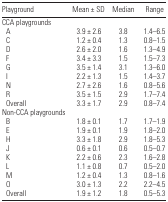
<table><thead><tr><td><b>Playground</b></td><td><b>Mean ± SD</b></td><td><b>Median</b></td><td><b>Range</b></td></tr></thead><tbody><tr><td colspan="4">CCA playgrounds</td></tr><tr><td> A</td><td>3.9 ± 2.6</td><td>3.8</td><td>1.4–6.5</td></tr><tr><td> C</td><td>1.2 ± 0.4</td><td>1.3</td><td>0.8–1.5</td></tr><tr><td> D</td><td>2.6 ± 2.0</td><td>1.6</td><td>1.3–4.9</td></tr><tr><td> F</td><td>3.4 ± 3.3</td><td>1.5</td><td>1.5–7.3</td></tr><tr><td> G</td><td>3.5 ± 1.4</td><td>3.1</td><td>1.3–6.0</td></tr><tr><td> I</td><td>2.2 ± 1.3</td><td>1.5</td><td>1.4–3.7</td></tr><tr><td> N</td><td>2.7 ± 2.6</td><td>1.6</td><td>0.8–5.6</td></tr><tr><td> R</td><td>3.5 ± 1.5</td><td>2.9</td><td>1.7–7.4</td></tr><tr><td> Overall</td><td>3.3 ± 1.7</td><td>2.9</td><td>0.8–7.4</td></tr><tr><td colspan="4">Non-CCA playgrounds</td></tr><tr><td> B</td><td>1.8 ± 0.1</td><td>1.7</td><td>1.7–1.9</td></tr><tr><td> E</td><td>1.9 ± 0.1</td><td>1.9</td><td>1.8–2.0</td></tr><tr><td> H</td><td>3.3 ± 1.8</td><td>2.9</td><td>1.8–5.3</td></tr><tr><td> J</td><td>0.6 ± 0.1</td><td>0.6</td><td>0.5–0.7</td></tr><tr><td> K</td><td>2.2 ± 0.6</td><td>2.3</td><td>1.6–2.8</td></tr><tr><td> L</td><td>1.1 ± 0.8</td><td>0.7</td><td>0.5–2.0</td></tr><tr><td> M</td><td>1.2 ± 0.4</td><td>1.3</td><td>0.8–1.6</td></tr><tr><td> O</td><td>3.0 ± 1.3</td><td>2.2</td><td>2.2–4.5</td></tr><tr><td> Overall</td><td>1.9 ± 1.2</td><td>1.8</td><td>0.5–5.3</td></tr></tbody></table>